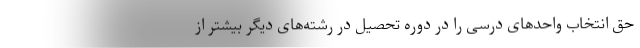
حق انتخاب واحدهای درسی را در دوره تحصیل در رشته‌های دیگر بیشتر از